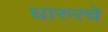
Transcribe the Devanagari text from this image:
धारुरचे